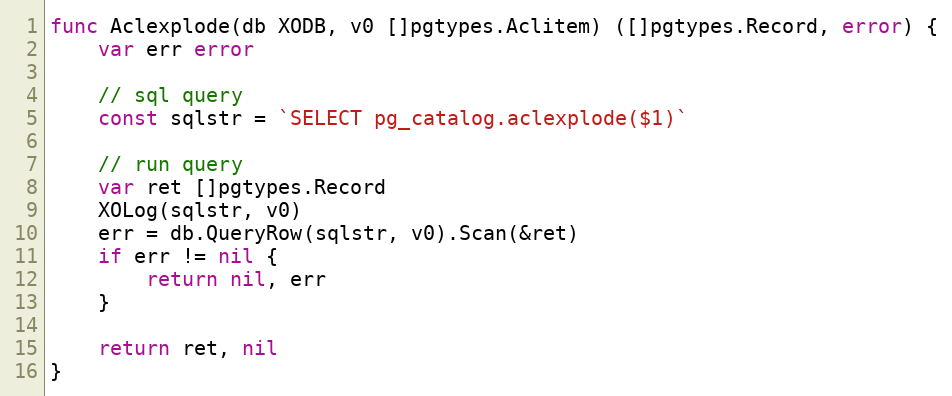
Language: Go
func Aclexplode(db XODB, v0 []pgtypes.Aclitem) ([]pgtypes.Record, error) {
	var err error

	// sql query
	const sqlstr = `SELECT pg_catalog.aclexplode($1)`

	// run query
	var ret []pgtypes.Record
	XOLog(sqlstr, v0)
	err = db.QueryRow(sqlstr, v0).Scan(&ret)
	if err != nil {
		return nil, err
	}

	return ret, nil
}